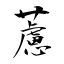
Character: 藘